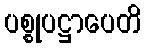
ပစ္စုပဋ္ဌာပေတိ